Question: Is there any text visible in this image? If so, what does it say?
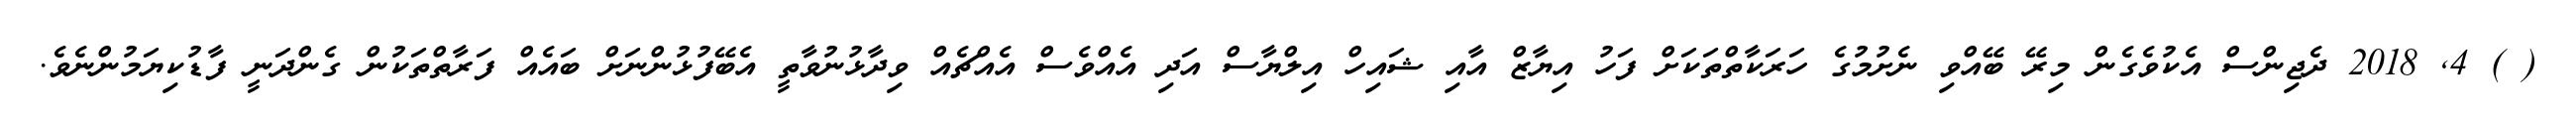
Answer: ( ) 4, 2018 ދެޖިންސް އެކުވެގެން މިރޭ ބޭއްވި ނެށުމުގެ ހަރަކާތްތަކަށް ފަހު އިޔާޒް އާއި ޝައިހް އިލްޔާސް އަދި އެއްވެސް އެއްޗެއް ވިދާޅުނުވާތީ އެބޭފުޅުންނަށް ބައެއް ފަރާތްތަކުން ގެންދަނީ ފާޑުކިޔަމުންނެވެ.